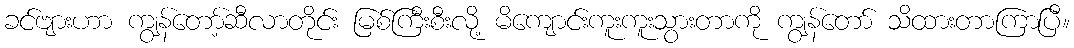
ခင်ဗျားဟာ ကျွန်တော့်ဆီလာတိုင်း မြစ်ကြီးစီးလို့ မိကျောင်းကူးကူးသွားတာကို ကျွန်တော် သိထားတာကြာပြီ။